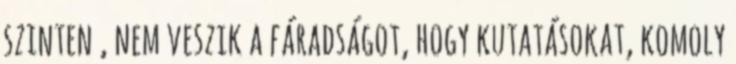
szinten , nem veszik a fáradságot, hogy kutatásokat, komoly